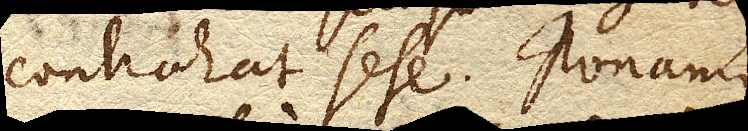
contrahat sese. Ponamus